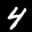
Label: 4